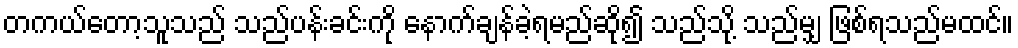
တကယ်တော့သူသည် သည်ပန်းခင်းကို နောက်ချန်ခဲ့ရမည်ဆို၍ သည်သို့ သည်မျှ ဖြစ်ရသည်မထင်။